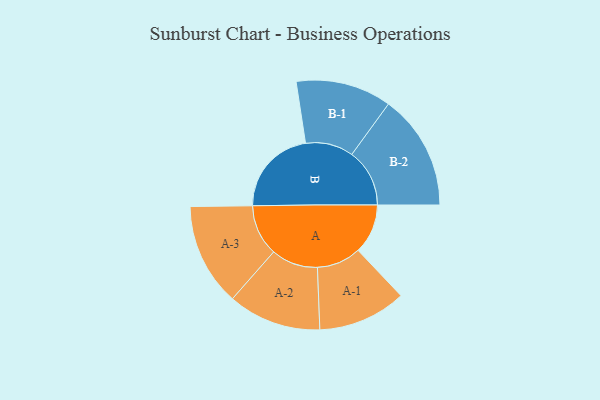
{"axis": {"x": "Segment", "y": "Value"}, "legend": ["", "A", "B"], "data": [{"x": "A", "y": 161, "type": ""}, {"x": "B", "y": 284, "type": ""}, {"x": "A-1", "y": 143, "type": "A"}, {"x": "A-2", "y": 151, "type": "A"}, {"x": "A-3", "y": 166, "type": "A"}, {"x": "B-1", "y": 155, "type": "B"}, {"x": "B-2", "y": 187, "type": "B"}]}